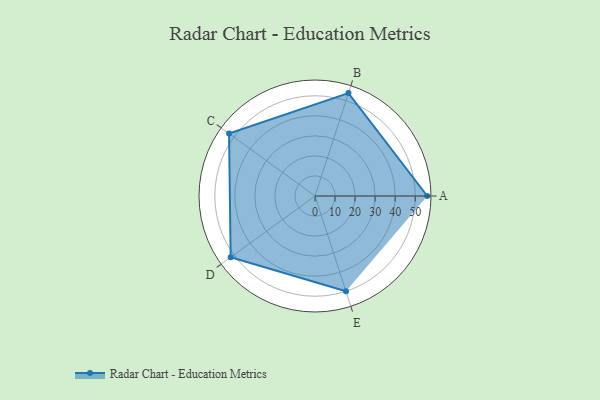
{"axis": {"x": "Skill", "y": "Score"}, "legend": ["Profile"], "data": [{"x": "A", "y": 56.0, "type": "Profile"}, {"x": "B", "y": 54.0, "type": "Profile"}, {"x": "C", "y": 53.0, "type": "Profile"}, {"x": "D", "y": 52.0, "type": "Profile"}, {"x": "E", "y": 50.0, "type": "Profile"}]}